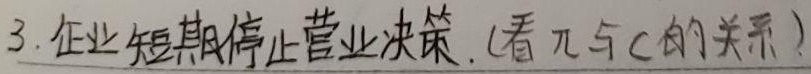
3. 企业短期停止营业决策. (看\(\pi\)与\(c\)的关系)